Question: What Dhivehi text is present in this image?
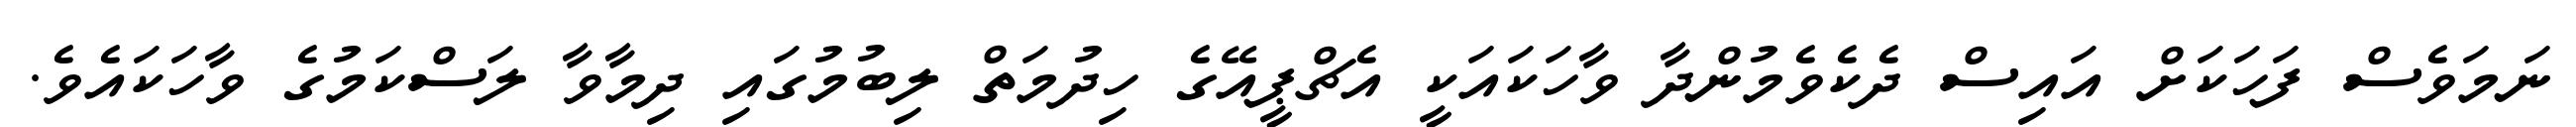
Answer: ނަމަވެސް ފަހަކަށް އައިސް ދެކެވެމުންދާ ވާހަކައަކީ އެޗްޕީއޭގެ ހިދުމަތް ލިބުމުގައި ދިމާވާ ލަސްކަމުގެ ވާހަކައެވެ.